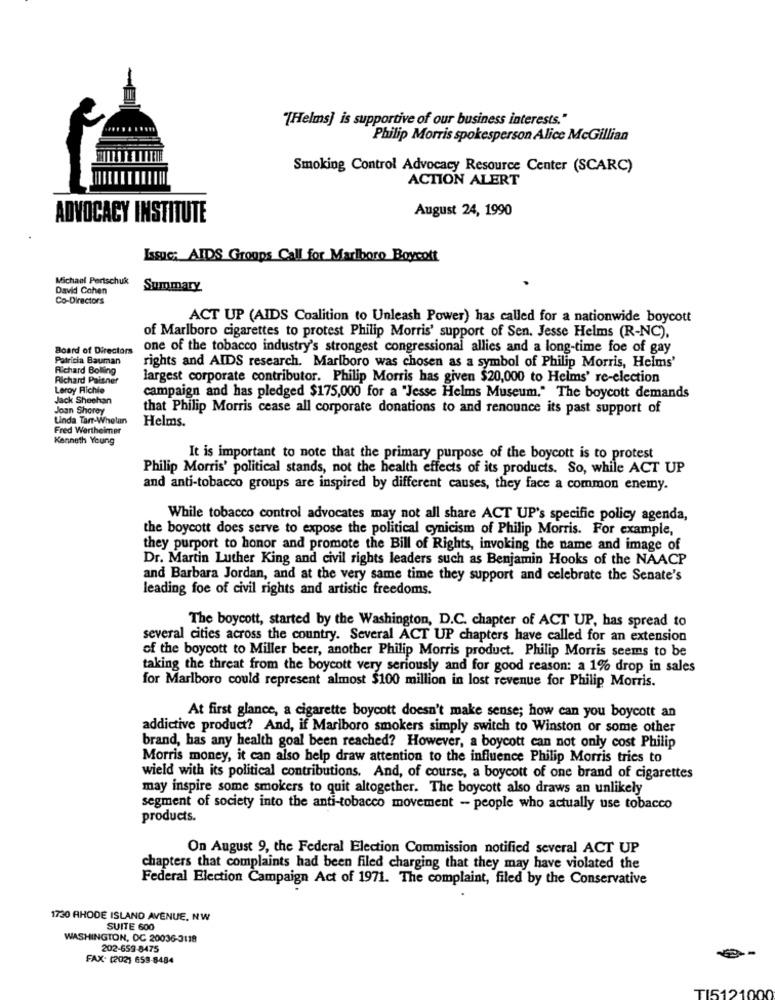
"[Helms] is supportive of our business interests."
Philip Morris spokesperson Alice McGillian
Smoking Control Advocacy Resource Center (SCARC)
ACTION ALERT
August 24, 1990
ADVOCACY INSTITUTE
Issue; AIDS Groups Call for Marlboro Boycott
Michael Pertschuk
David Cohen
Summary
Co-Directors
ACT UP (AIDS Coalition to Unleash Power) has called for a nationwide boycott
of Marlboro cigarettes to protest Philip Morris' support of Sen. Jesse Helms (R-NC),
Board of Directors
one of the tobacco industry's strongest congressional allies and a long-time foe of gay
Patricia Bauman
Richard Bolling
rights and AIDS research. Marlboro was chosen as a symbol of Philip Morris, Helms'
Richard Paisner
largest corporate contributor. Philip Morris has given $20,000 to Helms' re-election
Leroy Richie
Jack Sheehan
campaign and has pledged $175,000 for a "Jesse Helms Museum," The boycott demands
Joan Shorey
that Philip Morris cease all corporate donations to and renounce its past support of
Linda Tarr-Whelan
Helms.
Fred Wertheimer
Kenneth Young
It is important to note that the primary purpose of the boycott is to protest
Philip Morris' political stands, not the health effects of its products. So, while ACT UP
and anti-tobacco groups are inspired by different causes, they face a common enemy.
While tobacco control advocates may not all share ACT UP's specific policy agenda,
the boycott does serve to expose the political cynicism of Philip Morris. For example,
they purport to honor and promote the Bill of Rights, invoking the name and image of
Dr. Martin Luther King and civil rights leaders such as Benjamin Hooks of the NAACP
and Barbara Jordan, and at the very same time they support and celebrate the Senate's
leading foe of civil rights and artistic freedoms.
The boycott, started by the Washington, D.C. chapter of ACT UP, has spread to
several cities across the country. Several ACT UP chapters have called for an extension
of the boycott to Miller beer, another Philip Morris product. Philip Morris seems to be
taking the threat from the boycott very seriously and for good reason: a 1% drop in sales
for Marlboro could represent almost $100 million in lost revenue for Philip Morris.
At first glance, a cigarette boycott doesn't make sense; how can you boycott an
addictive product? And, if Marlboro smokers simply switch to Winston or some other
brand, has any health goal been reached? However, a boycott can not only cost Philip
Morris money, it can also help draw attention to the influence Philip Morris tries to
wield with its political contributions. And, of course, a boycott of one brand of cigarettes
may inspire some smokers to quit altogether. The boycott also draws an unlikely
segment of society into the anti-tobacco movement - people who actually use tobacco
products.
On August 9, the Federal Election Commission notified several ACT UP
chapters that complaints had been filed charging that they may have violated the
Federal Election Campaign Act of 1971. The complaint, filed by the Conservative
1730 RHODE ISLAND AVENUE. NW
SUITE 600
WASHINGTON, DC 20036-3118
202-659-8475
FAX: (202) 659-8484
TI512